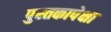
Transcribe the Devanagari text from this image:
पुस्तकापेक्षा